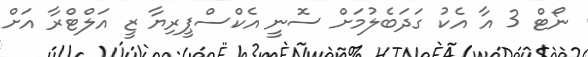
ނޯޓް 3 އާ އެކު ގަދަބެލުމަށް ސޮނީ އެކްސްޕީރިޔާ ޒީ އަލްޓްރާ އަށް